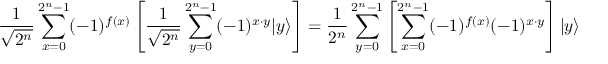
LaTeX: { \frac { 1 } { \sqrt { 2 ^ { n } } } } \sum _ { x = 0 } ^ { 2 ^ { n } - 1 } ( - 1 ) ^ { f ( x ) } \left[ { \frac { 1 } { \sqrt { 2 ^ { n } } } } \sum _ { y = 0 } ^ { 2 ^ { n } - 1 } ( - 1 ) ^ { x \cdot y } | y \rangle \right] = { \frac { 1 } { 2 ^ { n } } } \sum _ { y = 0 } ^ { 2 ^ { n } - 1 } \left[ \sum _ { x = 0 } ^ { 2 ^ { n } - 1 } ( - 1 ) ^ { f ( x ) } ( - 1 ) ^ { x \cdot y } \right] | y \rangle